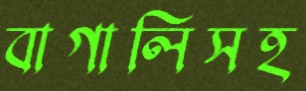
বাগালিসহ